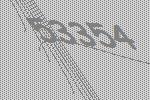
53354